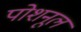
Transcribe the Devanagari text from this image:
पोशनूल